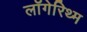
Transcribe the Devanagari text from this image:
लॉगेरिथ्म